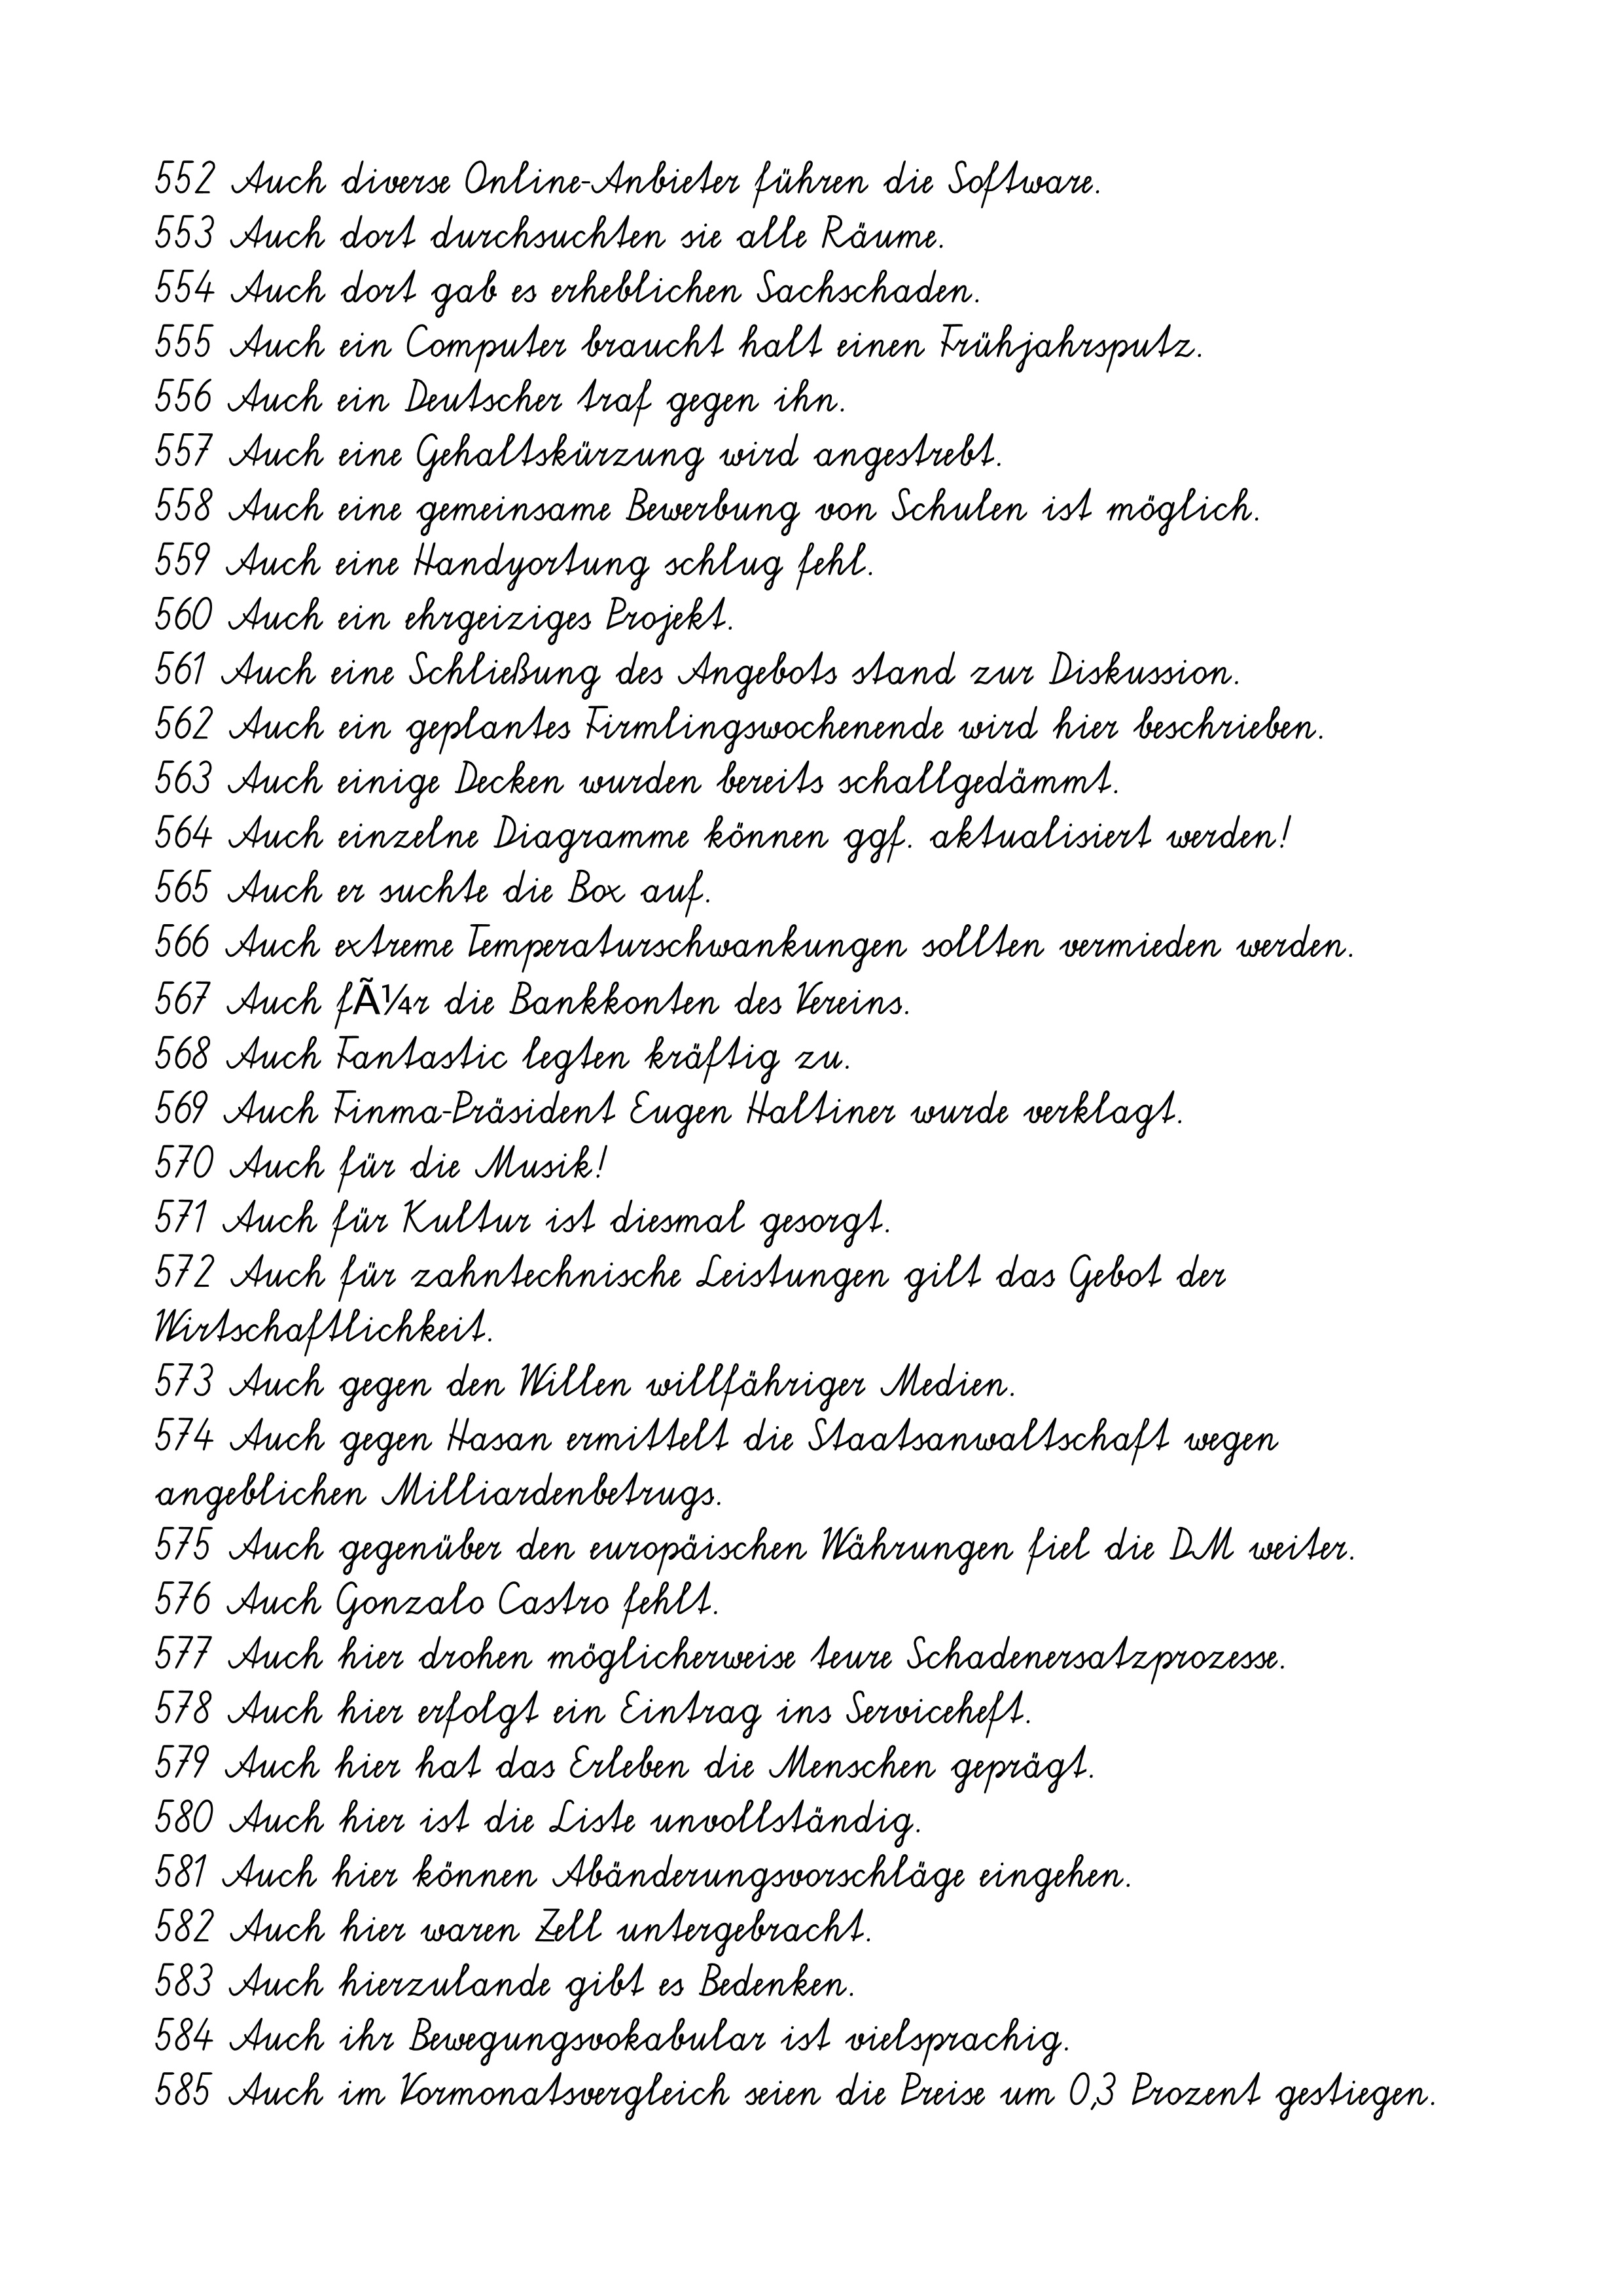
552 Auch diverse Online-Anbieter führen die Software.
553 Auch dort durchsuchten sie alle Räume.
554 Auch dort gab es erheblichen Sachschaden.
555 Auch ein Computer braucht halt einen Frühjahrsputz.
556 Auch ein Deutscher traf gegen ihn.
557 Auch eine Gehaltskürzung wird angestrebt.
558 Auch eine gemeinsame Bewerbung von Schulen ist möglich.
559 Auch eine Handyortung schlug fehl.
560 Auch ein ehrgeiziges Projekt.
561 Auch eine Schließung des Angebots stand zur Diskussion.
562 Auch ein geplantes Firmlingswochenende wird hier beschrieben.
563 Auch einige Decken wurden bereits schallgedämmt.
564 Auch einzelne Diagramme können ggf. aktualisiert werden!
565 Auch er suchte die Box auf.
566 Auch extreme Temperaturschwankungen sollten vermieden werden.
567 Auch fÃ¼r die Bankkonten des Vereins.
568 Auch Fantastic legten kräftig zu.
569 Auch Finma-Präsident Eugen Haltiner wurde verklagt.
570 Auch für die Musik!
571 Auch für Kultur ist diesmal gesorgt.
572 Auch für zahntechnische Leistungen gilt das Gebot der
Wirtschaftlichkeit.
573 Auch gegen den Willen willfähriger Medien.
574 Auch gegen Hasan ermittelt die Staatsanwaltschaft wegen
angeblichen Milliardenbetrugs.
575 Auch gegenüber den europäischen Währungen fiel die DM weiter.
576 Auch Gonzalo Castro fehlt.
577 Auch hier drohen möglicherweise teure Schadenersatzprozesse.
578 Auch hier erfolgt ein Eintrag ins Serviceheft.
579 Auch hier hat das Erleben die Menschen geprägt.
580 Auch hier ist die Liste unvollständig.
581 Auch hier können Abänderungsvorschläge eingehen.
582 Auch hier waren Zell untergebracht.
583 Auch hierzulande gibt es Bedenken.
584 Auch ihr Bewegungsvokabular ist vielsprachig.
585 Auch im Vormonatsvergleich seien die Preise um 0,3 Prozent gestiegen.